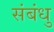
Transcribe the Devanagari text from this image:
संबंधु